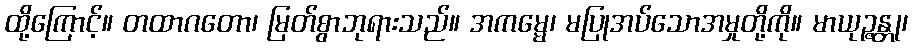
ထို့ကြောင့်။ တထာဂတော၊ မြတ်စွာဘုရားသည်။ အကမ္မေ၊ မပြုအပ်သောအမှုတို့ကို။ မာယုဉ္ဇန္တု၊